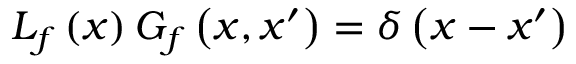
\begin{array} { r } { L _ { f } \left( x \right) G _ { f } \left( x , x ^ { \prime } \right) = \delta \left( x - x ^ { \prime } \right) } \end{array}